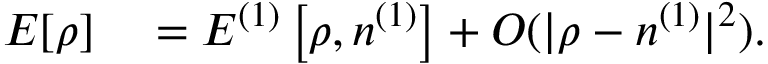
\begin{array} { r l } { E [ \rho ] } & { { } = { \cal E } ^ { ( 1 ) } \left[ \rho , n ^ { ( 1 ) } \right] + { \cal O } ( \vert \rho - n ^ { ( 1 ) } \vert ^ { 2 } ) . } \end{array}